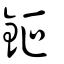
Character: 鉕